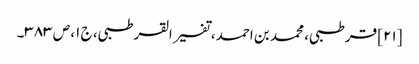
[۲۱] قرطبی، محمد بن احمد، تفسیر القرطبی، ج ۱، ص ۳۸۳۔